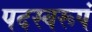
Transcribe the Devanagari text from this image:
पदस्वरूपं